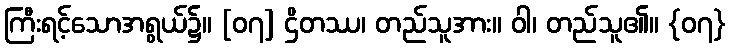
ကြီးရင့်သောအရွယ်၌။ [၀၇] ဌိတဿ၊ တည်သူအား။ ဝါ၊ တည်သူ၏။ {၀၇}